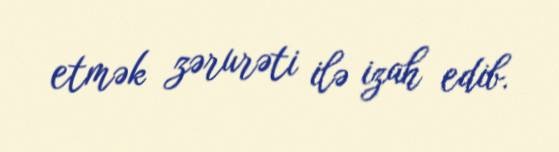
etmək zərurəti ilə izah edib.